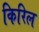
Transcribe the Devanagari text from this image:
किरिल